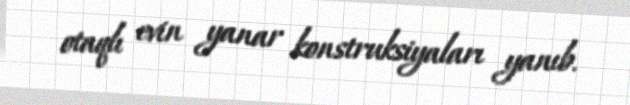
otaqlı evin yanar konstruksiyaları yanıb.